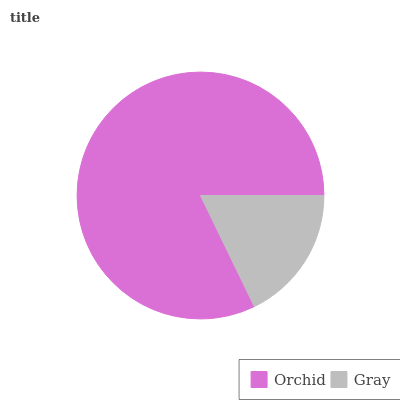
| Orchid | Gray |
 | --- | --- |
 | 82.2% | 17.8% |